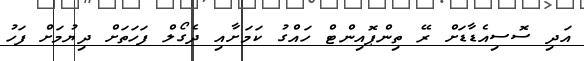
އަދި ސޮސިއެޑާޑަށް ރޭ ތިންޕޮއިންޓް ހައްގު ކަމަށާއި ދެގޯލް ފަހަތަށް ދިޔުމަށް ފަހު